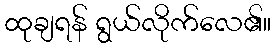
ထုချရန် ရွယ်လိုက်လေ၏။